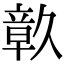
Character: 𮄴